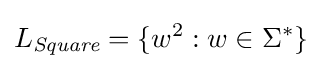
L_{\textit {Square}}=\{w^{2}:w\in \Sigma ^{*}\}